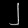
Digit: ၂